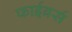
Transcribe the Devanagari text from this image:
फाईबर्स